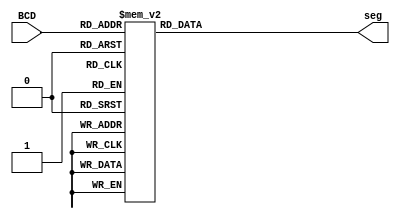
module seg (BCD, seg);
input [3:0] BCD;
output [7:0] seg;
reg [7:0] seg;
always @(BCD)
begin
    case (BCD)
        4'h0:
            seg = 8'hc0;
        4'h1:
            seg = 8'hf9;
        4'h2:
            seg = 8'ha4;
        4'h3:
            seg = 8'hb0;
        4'h4:
            seg = 8'h99;
        4'h5:
            seg = 8'h92;
        4'h6:
            seg = 8'h82;
        4'h7:
            seg = 8'hf8;
        4'h8:
            seg = 8'h80;
        4'h9:
            seg = 8'h90;
        default:
            seg = 8'hff;
    endcase
end
endmodule

    module dff (clk, load, D, Din, Q);
input clk, D, Din, load;
output reg Q;
always@ (posedge clk)
begin
    if (load)
        Q = Din;
    else
        Q = D;
end
endmodule


    module BCD(clk, load, rst_syn, data, Q_out, seg_out);
input clk, rst_syn, load;
input [3:0] data;
output wire [3:0] Q_out;
reg Q0, Q1, Q2, Q3;

output wire [7:0] seg_out;

dff dff0(.clk(clk), .load(load), .D(Q0), .Din(Q0), .Q(Q_out[0]));
dff dff1(.clk(clk), .load(load), .D(Q1), .Din(Q1), .Q(Q_out[1]));
dff dff2(.clk(clk), .load(load), .D(Q2), .Din(Q2), .Q(Q_out[2]));
dff dff3(.clk(clk), .load(load), .D(Q3), .Din(Q3), .Q(Q_out[3]));

always @(posedge clk)
begin
    if (!rst_syn)
    begin
        Q0 = 0;
        Q1 = 0;
        Q2 = 0;
        Q3 = 0;
    end
    else if(load)
    begin
        Q0 <= data[0];
        Q1 <= data[1];
        Q2 <= data[2];
        Q3 <= data[3];
    end
    else
    begin
        if (Q0 == 1 && Q3 == 1)
        begin
            Q0 = 0;
            Q3 = 0;
        end
        else
        begin
            Q0 <= ~Q0;
            Q1 <= (Q1 & ~Q0) | (~Q1 & Q0);
            Q2 <= (Q2 & ~Q1) | (Q2 & ~Q0) | (~Q2 & Q1 & Q0);
            Q3 <= (Q3) | (Q0 & Q1 & Q2);
        end
    end
end

seg show_seg(Q_out, seg_out);

endmodule